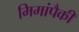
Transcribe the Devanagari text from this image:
मिमांपैकी